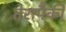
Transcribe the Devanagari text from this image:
तेरापैकी